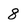
Character: 8